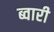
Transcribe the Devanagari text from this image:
ब्वारी